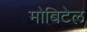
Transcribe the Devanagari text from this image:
मोबिटेल